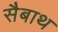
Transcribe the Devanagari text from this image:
सैबाथ